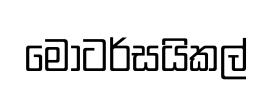
මෝටර්සයිකල්